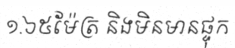
១.៦៥ម៉ែត្រ និងមិនមានផ្ទុក